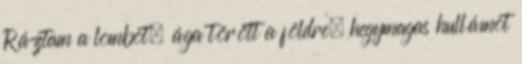
Ráztam a lombot, ága törött a földre, hegymagas hullámot